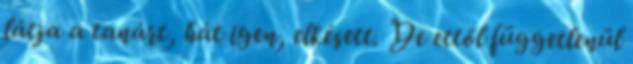
látja a tanárt, hát igen, elkésett. De ettől függetlenül